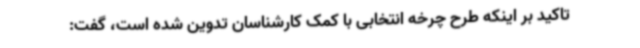
تاکید بر اینکه طرح چرخه انتخابی با کمک کارشناسان تدوین شده است، گفت: